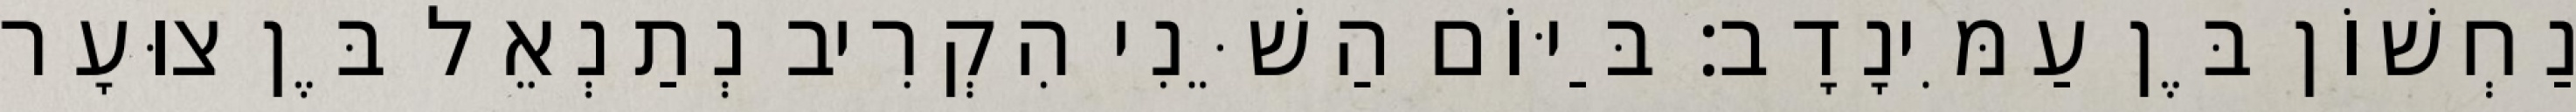
נַחְשׁוֹן בֶּן עַמִּינָדָב׃ בַּיּוֹם הַשֵּׁנִי הִקְרִיב נְתַנְאֵל בֶּן צוּעָר